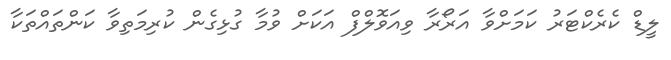
ލީޑް ކެރެކްޓަރު ކަމަށްވާ އަރޯރާ ވިއަވޮލްފް އަކަށް ވުމާ ގުޅިގެން ކުރިމަތިވާ ކަންތައްތަކާ